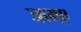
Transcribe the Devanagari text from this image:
जामए